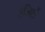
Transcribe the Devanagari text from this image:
रंजिशें